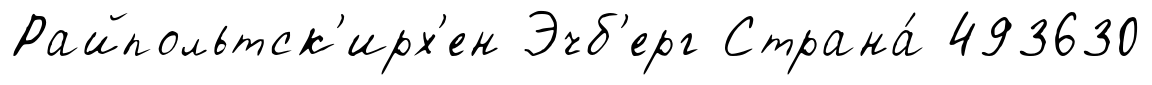
Райпольтск'ирх'ен Эчб'ерг Страна́ 493630